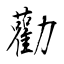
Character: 勸